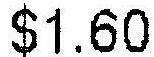
$1.60